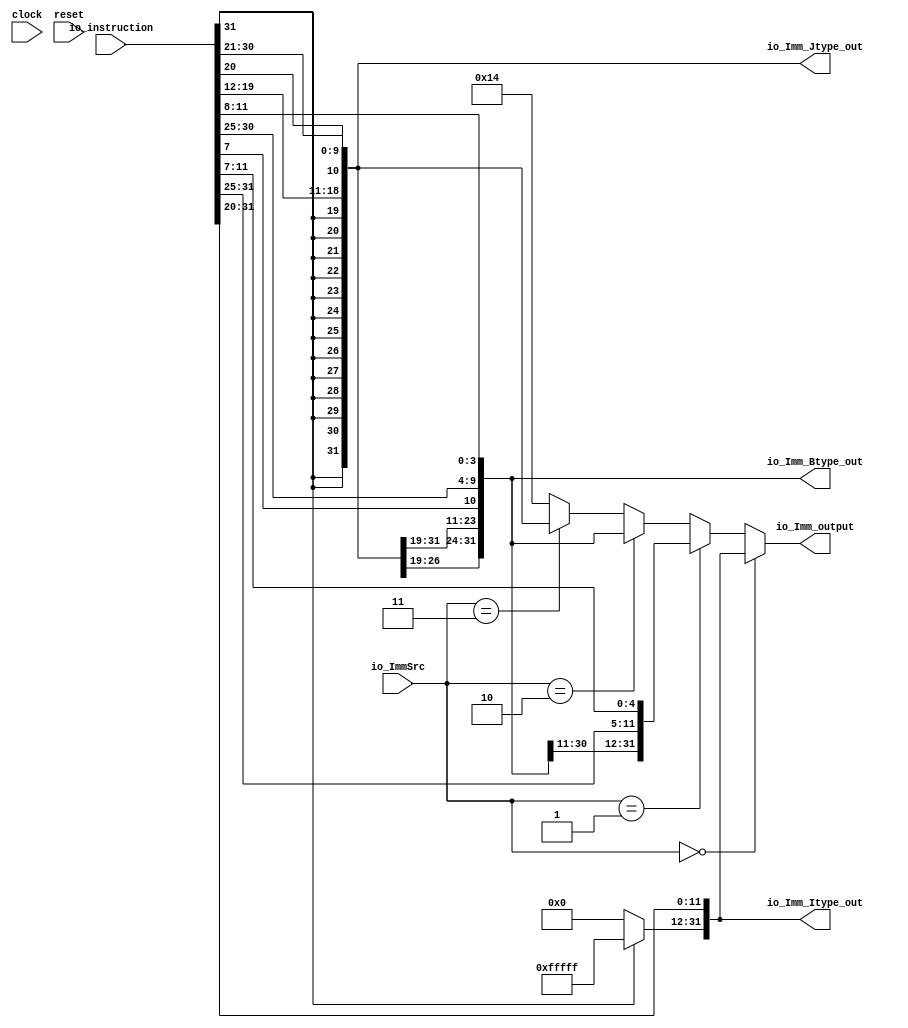
module Imm(
  input         clock,
  input         reset,
  input  [1:0]  io_ImmSrc,
  input  [31:0] io_instruction,
  output [31:0] io_Imm_Itype_out,
  output [31:0] io_Imm_Btype_out,
  output [31:0] io_Imm_Jtype_out,
  output [31:0] io_Imm_output
);
  wire [11:0] _Stype_T_3 = {io_instruction[31:25],io_instruction[11:7]}; // @[Imm.scala 28:62]
  wire [11:0] _Btype_T_5 = {io_instruction[31],io_instruction[7],io_instruction[30:25],io_instruction[11:8]}; // @[Imm.scala 29:100]
  wire [19:0] _Jtype_T_5 = {io_instruction[31],io_instruction[19:12],io_instruction[20],io_instruction[30:21]}; // @[Imm.scala 30:101]
  wire [19:0] _Imm_Itype_T_2 = io_instruction[31] ? 20'hfffff : 20'h0; // @[Bitwise.scala 74:12]
  wire [31:0] Imm_Itype = {_Imm_Itype_T_2,io_instruction[31:20]}; // @[Imm.scala 32:75]
  wire [31:0] Stype = {{20{_Stype_T_3[11]}},_Stype_T_3}; // @[Imm.scala 19:21 28:11]
  wire [19:0] _Imm_Stype_T_2 = Stype[11] ? 20'hfffff : 20'h0; // @[Bitwise.scala 74:12]
  wire [31:0] Imm_Stype_lo = {{20{_Stype_T_3[11]}},_Stype_T_3}; // @[Cat.scala 31:58]
  wire [51:0] _Imm_Stype_T_4 = {_Imm_Stype_T_2,Imm_Stype_lo}; // @[Imm.scala 33:50]
  wire [18:0] _Imm_Btype_T_2 = io_instruction[31] ? 19'h7ffff : 19'h0; // @[Bitwise.scala 74:12]
  wire [31:0] Imm_Btype_lo = {{20{_Btype_T_5[11]}},_Btype_T_5}; // @[Cat.scala 31:58]
  wire [50:0] _Imm_Btype_T_4 = {_Imm_Btype_T_2,Imm_Btype_lo}; // @[Imm.scala 34:59]
  wire [31:0] Jtype = {{12{_Jtype_T_5[19]}},_Jtype_T_5}; // @[Imm.scala 21:21 30:11]
  wire [11:0] _Imm_Jtype_T_2 = Jtype[20] ? 12'hfff : 12'h0; // @[Bitwise.scala 74:12]
  wire [31:0] Imm_Jtype_lo = {{12{_Jtype_T_5[19]}},_Jtype_T_5}; // @[Cat.scala 31:58]
  wire [43:0] _Imm_Jtype_T_4 = {_Imm_Jtype_T_2,Imm_Jtype_lo}; // @[Imm.scala 35:50]
  wire [31:0] Imm_Jtype = _Imm_Jtype_T_4[31:0]; // @[Imm.scala 26:25 35:15]
  wire [31:0] _GEN_0 = io_ImmSrc == 2'h3 ? $signed(Imm_Jtype) : $signed(32'sh14); // @[Imm.scala 47:40 48:23 50:23]
  wire [31:0] Imm_Btype = _Imm_Btype_T_4[31:0]; // @[Imm.scala 25:25 34:15]
  wire [31:0] _GEN_1 = io_ImmSrc == 2'h2 ? $signed(Imm_Btype) : $signed(_GEN_0); // @[Imm.scala 45:40 46:23]
  wire [31:0] Imm_Stype = _Imm_Stype_T_4[31:0]; // @[Imm.scala 24:25 33:15]
  wire [31:0] _GEN_2 = io_ImmSrc == 2'h1 ? $signed(Imm_Stype) : $signed(_GEN_1); // @[Imm.scala 43:40 44:23]
  assign io_Imm_Itype_out = {_Imm_Itype_T_2,io_instruction[31:20]}; // @[Imm.scala 32:75]
  assign io_Imm_Btype_out = _Imm_Btype_T_4[31:0]; // @[Imm.scala 25:25 34:15]
  assign io_Imm_Jtype_out = _Imm_Jtype_T_4[31:0]; // @[Imm.scala 26:25 35:15]
  assign io_Imm_output = io_ImmSrc == 2'h0 ? $signed(Imm_Itype) : $signed(_GEN_2); // @[Imm.scala 41:33 42:23]
endmodule